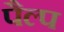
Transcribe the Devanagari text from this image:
पैल्प